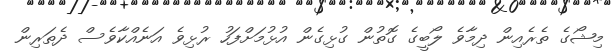
މިޝޯގެ ތެރެއިން ދިމާވެ ލޯބީގެ ގޮތުން ގުޅިގެން އުޅުމަށްފަހު ރުޅިވެ އަނެއްކާވެސް ދެތަރިން